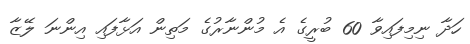
ހަދާ ނިމިފައިވާ 60 ބުރީގެ އެ މުންނާރުގެ މަތިން އަޅާފައި އިންނަ ލޭޒާ